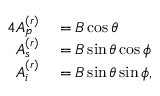
\begin{array} { r l } { { 4 } A _ { p } ^ { ( r ) } } & { { } = B \cos \theta } \\ { A _ { s } ^ { ( r ) } } & { { } = B \sin \theta \cos \phi } \\ { A _ { i } ^ { ( r ) } } & { { } = B \sin \theta \sin \phi , } \end{array}